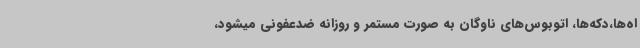
اه‌ها،دکه‌ها، اتوبوس‌های ناوگان به صورت مستمر و روزانه ضدعفونی میشود،